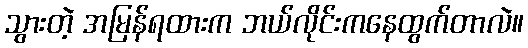
သွားတဲ့ အမြန်ရထားက ဘယ်လိုင်းကနေထွက်တာလဲ။